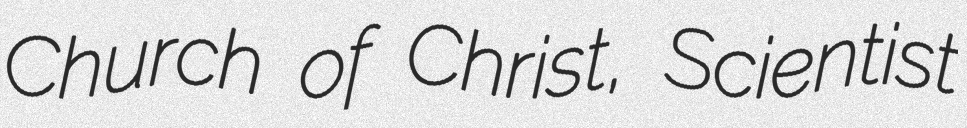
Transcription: Church of Christ, Scientist